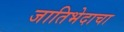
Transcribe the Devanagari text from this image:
जातिभेदाचा